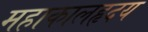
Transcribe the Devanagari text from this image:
महाकालहृदय